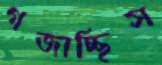
গজাচ্ছিস